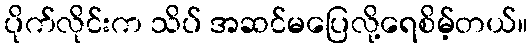
ပိုက်လိုင်းက သိပ် အဆင်မပြေလို့ရေစိမ့်တယ်။